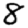
Digit: 8